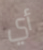
أي